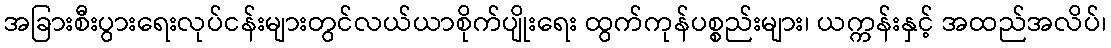
အခြားစီးပွားရေးလုပ်ငန်းများတွင်လယ်ယာစိုက်ပျိုးရေး ထွက်ကုန်ပစ္စည်းများ၊ ယက္ကန်းနှင့် အထည်အလိပ်၊